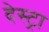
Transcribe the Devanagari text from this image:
देस्ट्रा